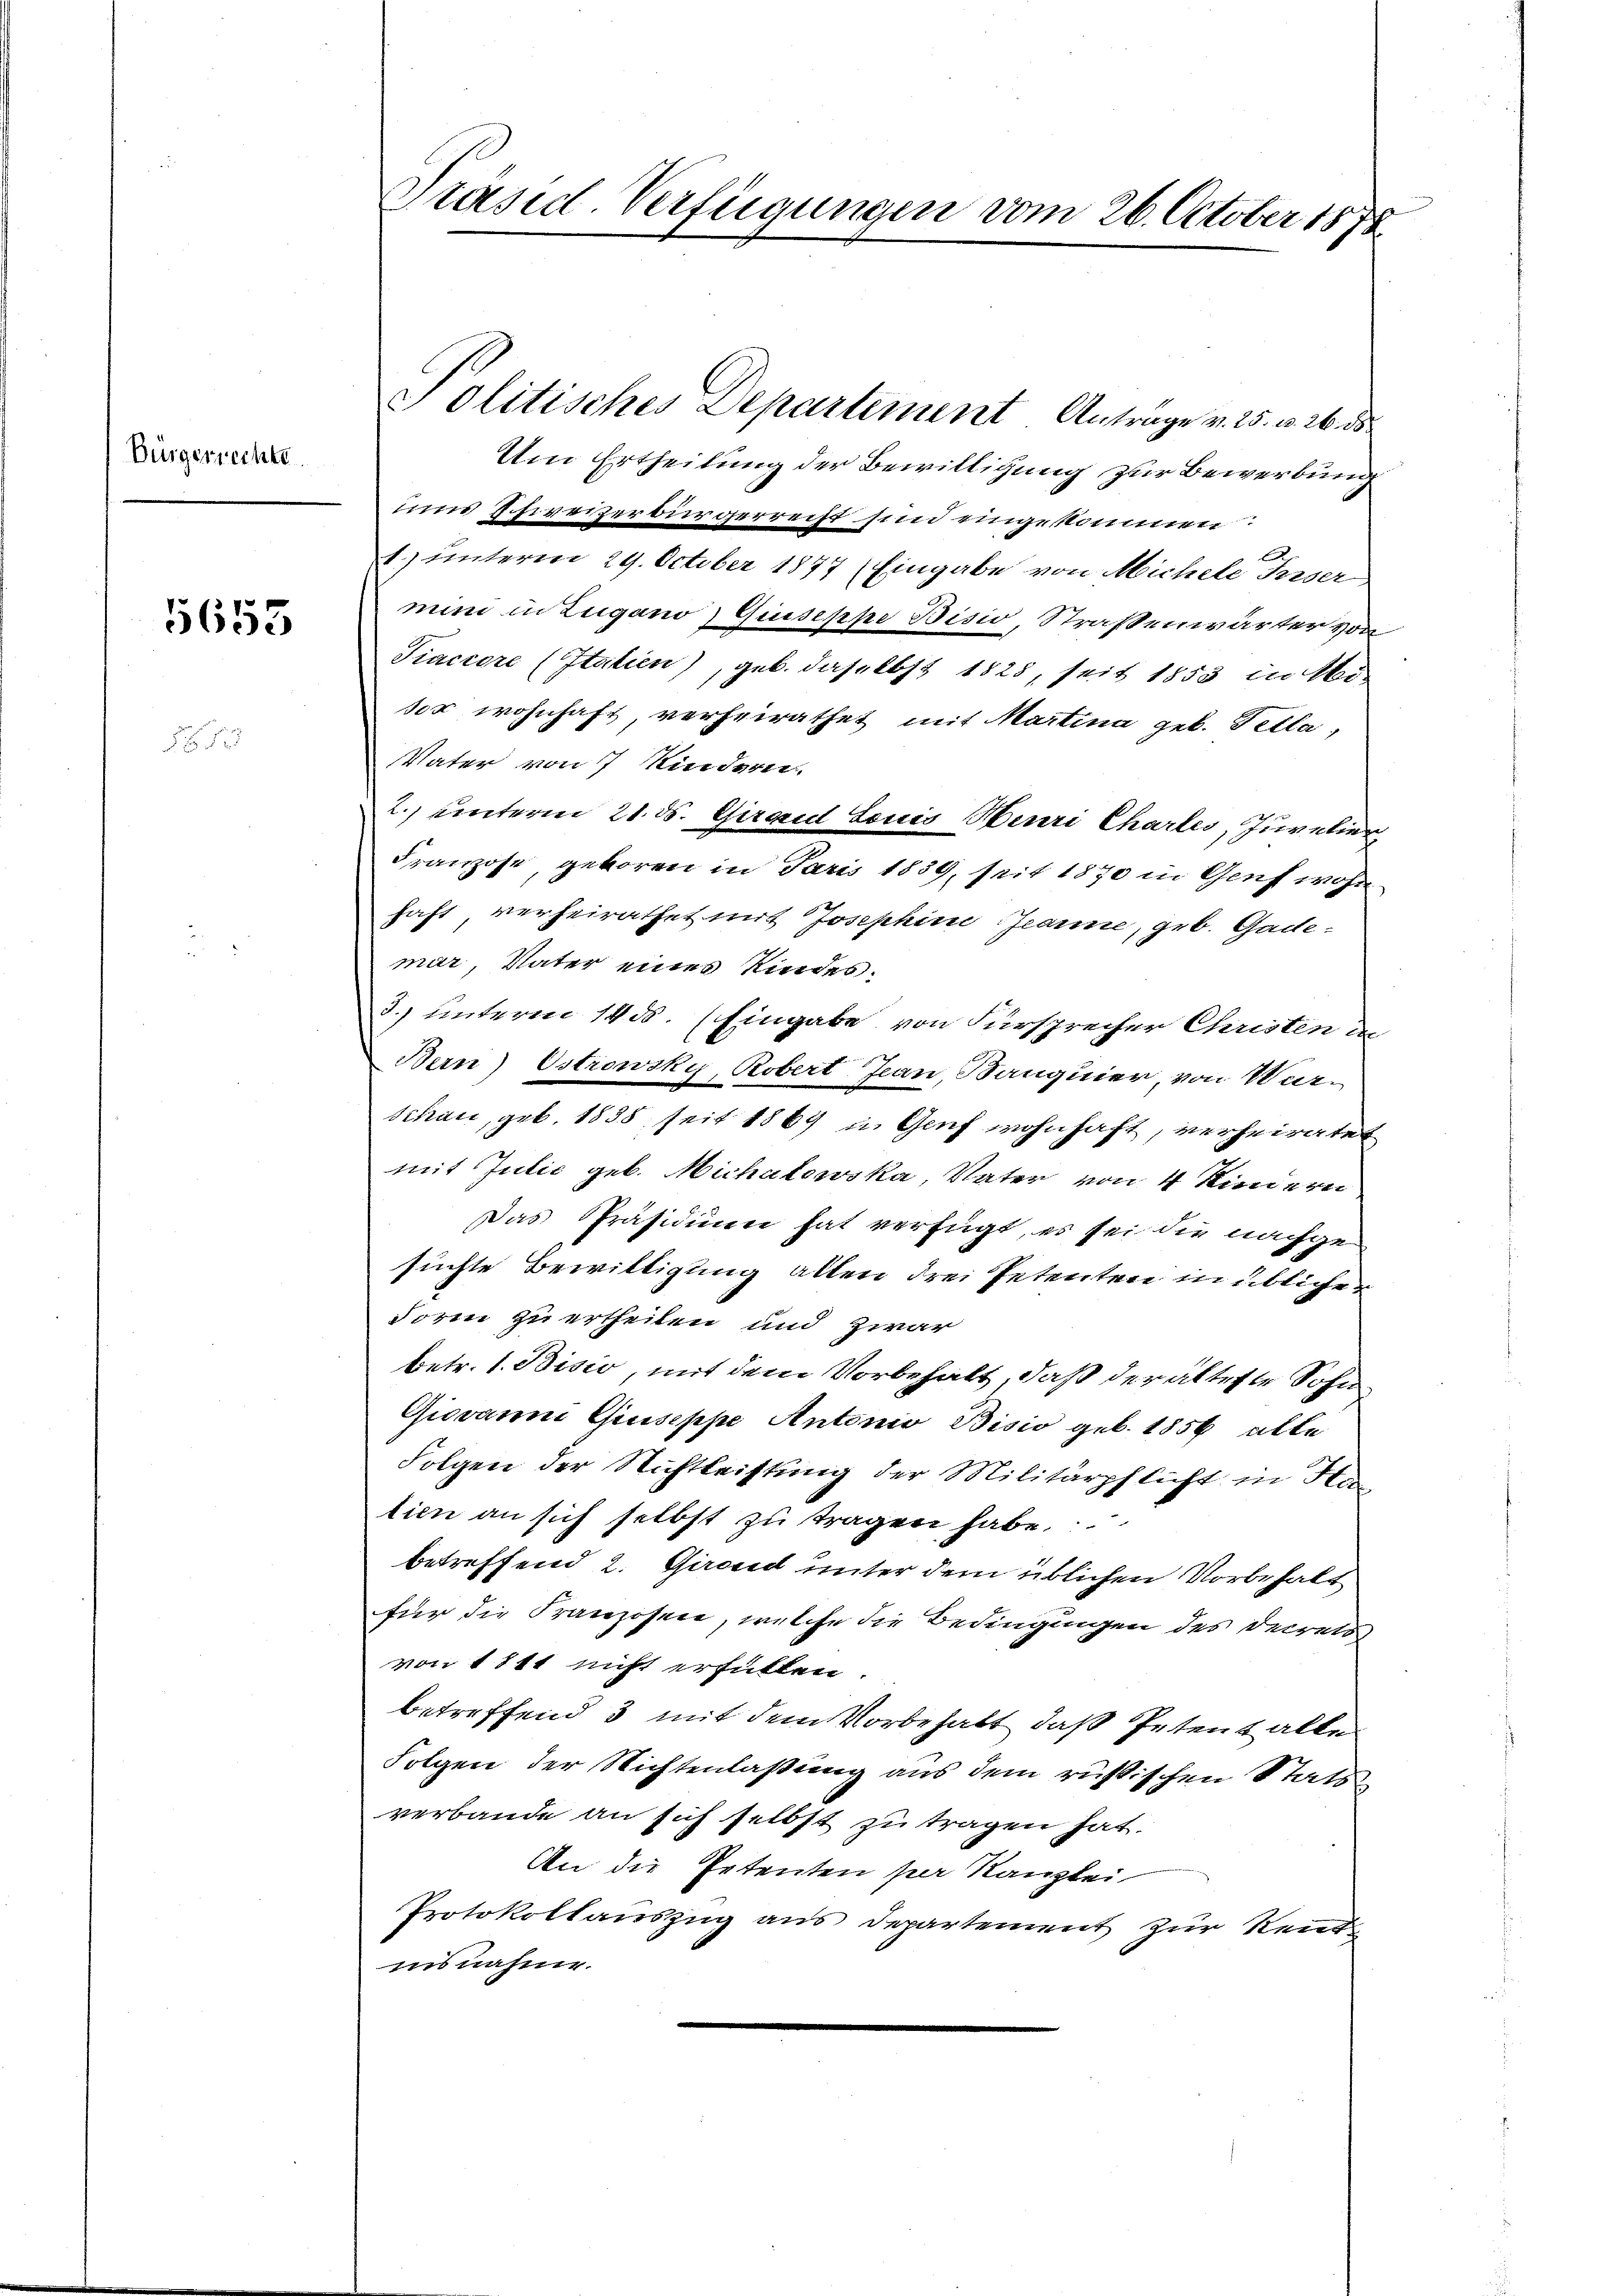
Bürgerrechte

5653

Präsid. Verfügungen vom 26. October 1878

Um Ertheilung der Bewilligung zur Bewerbung
um Schweizerbürgerreist sind angekommen:
1.) unterm 29. October 1877 (Eingabe von Michele Ferser
mini in Zugano Giuseppe Bisio, Straßenwärter von
Tiaciere (Italien), geb. daselbst 1825, seit 1853 in Mi-
ser wohnhaft, verheirathet mit Martina geb. Tella,
Vater von 7 Kindern
2.) unterm 21. d. Gerant Louis Bauri Chartes, Juvelier
Franzose, geboren in Jaris 1839, seit 1870 in Genf wohn
haft verheirathet mit Josephine Jeanne, geb. Gademar Vater eines Kindes.
3. unteren 1400. Eingabe von Fürsprecher Christen in
Bern) Ostrowsky, Robert Jean, Banquier, von War¬
Schau, geb. 1838 seit 1869 in Genf wohnhaft, verheiratet
mit Julić geb. Michatowska, Vater von 4 Kindern
Das Präsidium hat verfügt, es sei die nachgesuchte Bewilligung allen drei Petenten in üblichen
Form zu ertheilen und zwar
betr. 1. Bisio, mit dem Vorbehalt, daß der älteste Sohn
Giovano Giuseppe Antonio Bisio geb. 1856 alle
Folgen der Nichtleistung der Militärpflicht in Han
tion an sich selbst zu tragen habe.
betreffend 2. Girend unter dem üblichen Vorbehalt
für die Franzosen, welche die Bedingungen des Decret
von 1811 nicht erfüllen.
betreffend 3 mit dem Vorbehalt, daß Petent alle
Folgen der Nichtenlaßung aus dem russischen Statsverbande an sich selbst zu tragen hat.
An die Petenten per Kanzlei
Protokollauszug aus Departement zur Rentinsnahme.

olitisches Departement Antrage v. 25. v. 26. ds.